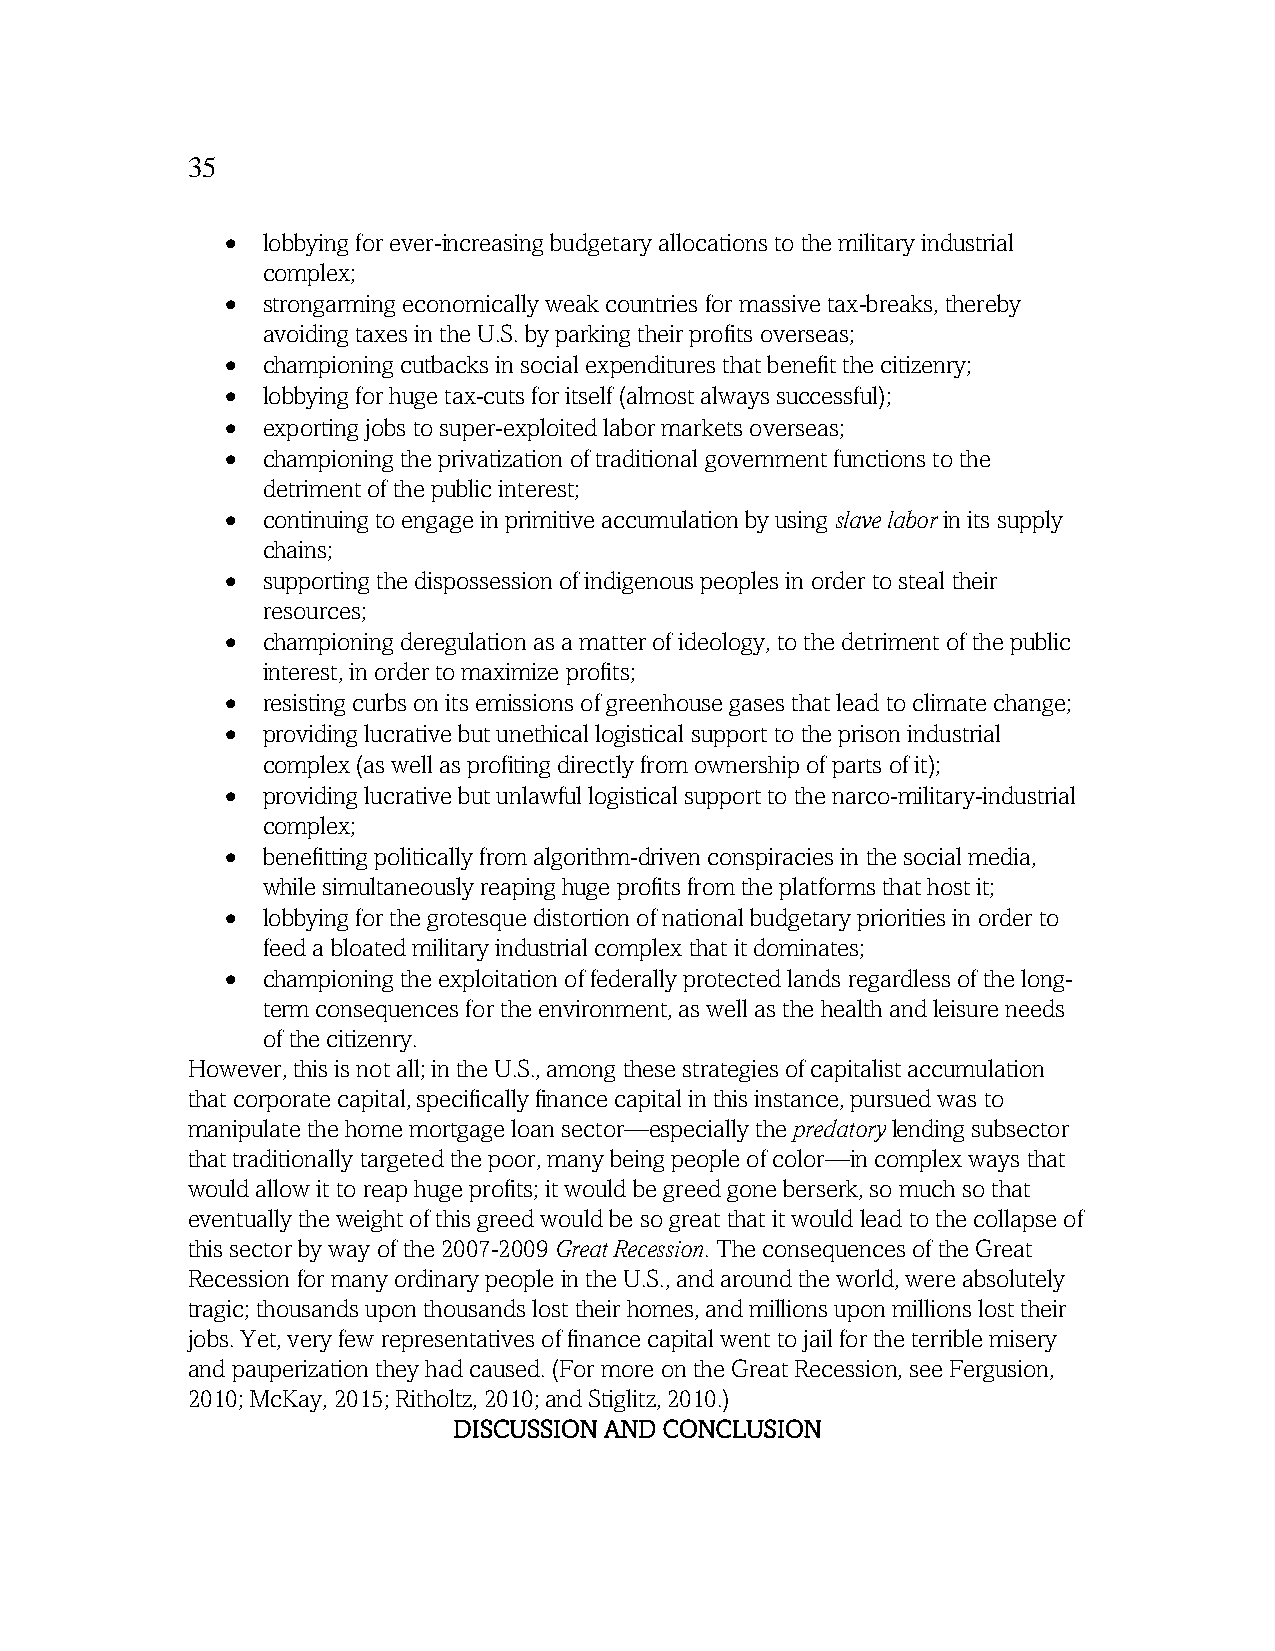
35
 • lobbying for ever-increasing budgetary allocations to the military industrial
 complex;
 • strongarming economically weak countries for massive tax-breaks, thereby
 avoiding taxes in the U.S. by parking their profits overseas;
 • championing cutbacks in social expenditures that benefit the citizenry;
 • lobbying for huge tax-cuts for itself (almost always successful);
 • exporting jobs to super-exploited labor markets overseas;
 • championing the privatization of traditional government functions to the
 detriment of the public interest;
 • continuing to engage in primitive accumulation by using slave labor in its supply
 chains;
 • supporting the dispossession of indigenous peoples in order to steal their
 resources;
 • championing deregulation as a matter of ideology, to the detriment of the public
 interest, in order to maximize profits;
 • resisting curbs on its emissions of greenhouse gases that lead to climate change;
 • providing lucrative but unethical logistical support to the prison industrial
 complex (as well as profiting directly from ownership of parts of it);
 • providing lucrative but unlawful logistical support to the narco-military-industrial
 complex;
 • benefitting politically from algorithm-driven conspiracies in the social media,
 while simultaneously reaping huge profits from the platforms that host it;
 • lobbying for the grotesque distortion of national budgetary priorities in order to
 feed a bloated military industrial complex that it dominates;
 • championing the exploitation of federally protected lands regardless of the long-
 term consequences for the environment, as well as the health and leisure needs
 of the citizenry.
 However, this is not all; in the U.S., among these strategies of capitalist accumulation
 that corporate capital, specifically finance capital in this instance, pursued was to
 manipulate the home mortgage loan sector—especially the predatory lending subsector
 that traditionally targeted the poor, many being people of color—in complex ways that
 would allow it to reap huge profits; it would be greed gone berserk, so much so that
 eventually the weight of this greed would be so great that it would lead to the collapse of
 this sector by way of the 2007-2009 Great Recession. The consequences of the Great
 Recession for many ordinary people in the U.S., and around the world, were absolutely
 tragic; thousands upon thousands lost their homes, and millions upon millions lost their
 jobs. Yet, very few representatives of finance capital went to jail for the terrible misery
 and pauperization they had caused. (For more on the Great Recession, see Fergusion,
 2010; McKay, 2015; Ritholtz, 2010; and Stiglitz, 2010.)
 DISCUSSION AND CONCLUSION